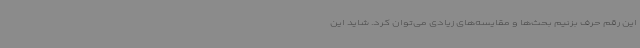
این رقم حرف بزنیم بحث‌ها و مقایسه‌های زیادی می‌توان کرد. شاید این